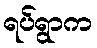
ရပ်ရွာက